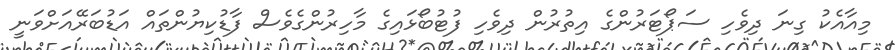
މިއާއެކު ގިނަ ދިވެހި ސަޕޯޓަރުންގެ އިތުރުން ދިވެހި ފުޓުބޯޅައިގެ މާހިރުންގެވެސް ފާޑުކިޔުންތައް އަޑުބަރޭއަށްވަނީ